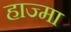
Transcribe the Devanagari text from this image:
हाज्मा